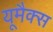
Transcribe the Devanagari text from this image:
यूमैक्स